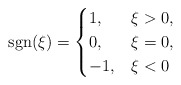
\begin{align*}\mathrm{sgn}(\xi)=\begin{cases}1, & \xi>0,\\0, & \xi=0,\\-1, & \xi<0\end{cases}\end{align*}